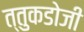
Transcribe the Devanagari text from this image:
त्तुकडोजी